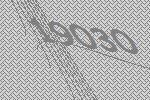
19030